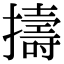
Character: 擣